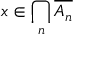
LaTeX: x \in \bigcap _ { n } { \overline { { A _ { n } } } }